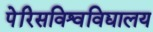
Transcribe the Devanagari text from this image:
पेरिसविश्वविद्यालय